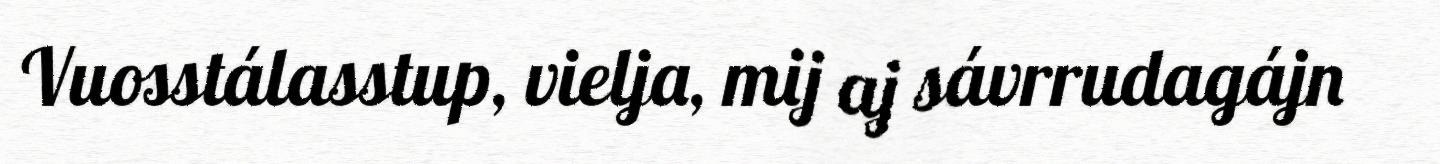
Vuosstálasstup, vielja, mij aj sávrrudagájn